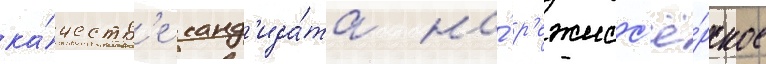
ка́честв'е канд'ида́та на́ р'ежисс'ё́рское